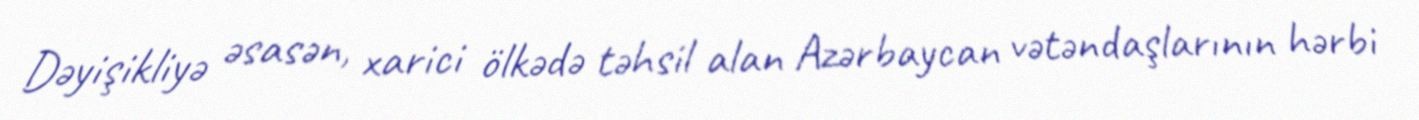
Dəyişikliyə əsasən, xarici ölkədə təhsil alan Azərbaycan vətəndaşlarının hərbi